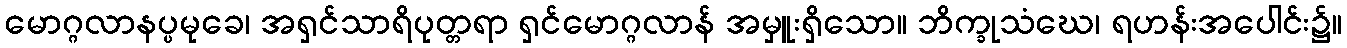
မောဂ္ဂလာနပ္ပမုခေ၊ အရှင်သာရိပုတ္တရာ ရှင်မောဂ္ဂလာန် အမှူးရှိသော။ ဘိက္ခုသံဃေ၊ ရဟန်းအပေါင်း၌။